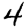
Digit: 4